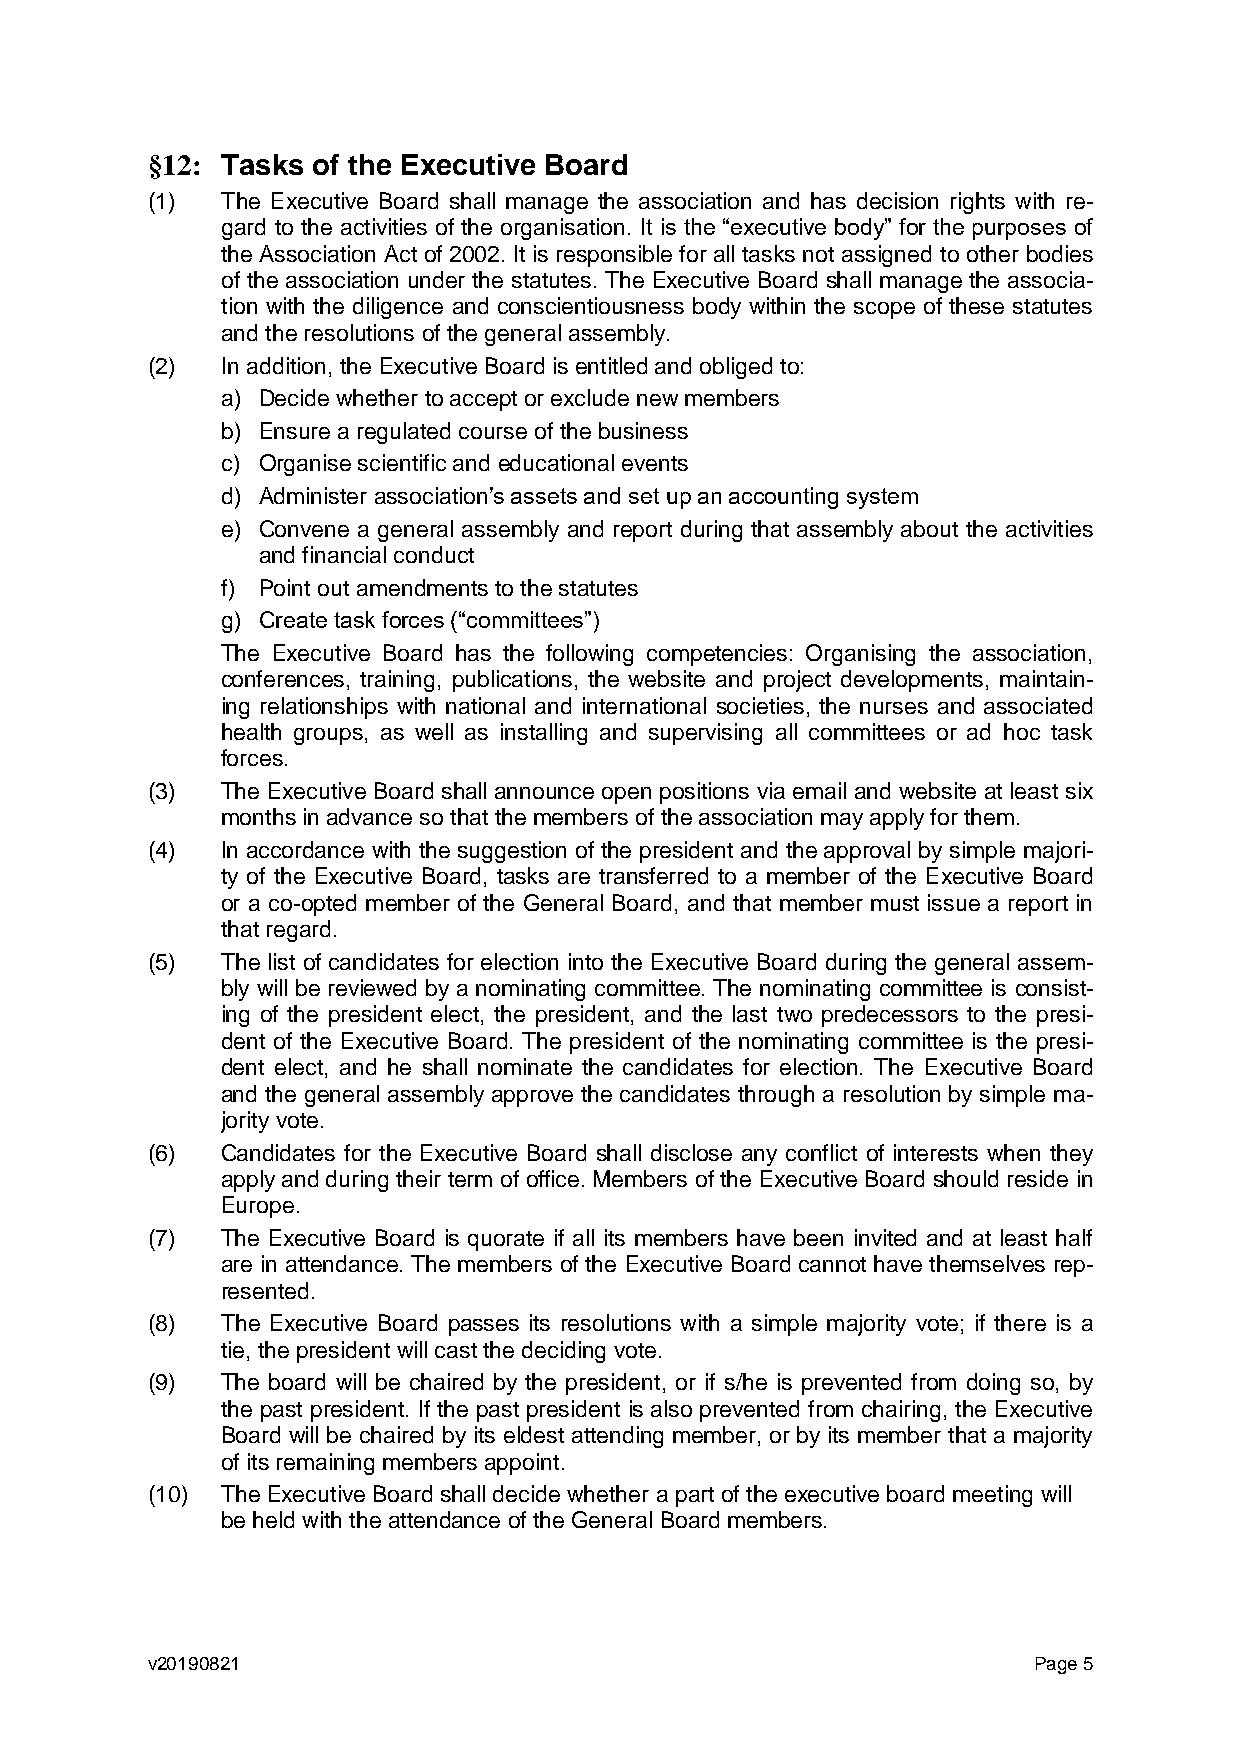
§12: Tasks of the Executive Board
 (1)  The Executive Board shall manage the association and has decision rights with re-
 gard to the activities of the organisation. It is the “executive body” for the purposes of
 the Association Act of 2002. It is responsible for all tasks not assigned to other bodies
 of the association under the statutes. The Executive Board shall manage the associa-
 tion with the diligence and conscientiousness body within the scope of these statutes
 and the resolutions of the general assembly.
 (2)  In addition, the Executive Board is entitled and obliged to:
 a) Decide whether to accept or exclude new members
 b) Ensure a regulated course of the business
 c) Organise scientific and educational events
 d) Administer association’s assets and set up an accounting system
 e) Convene a general assembly and report during that assembly about the activities
 and financial conduct
 f) Point out amendments to the statutes
 g) Create task forces (“committees”)
 The Executive Board has the following competencies: Organising the association,
 conferences, training, publications, the website and project developments, maintain-
 ing relationships with national and international societies, the nurses and associated
 health groups, as well as installing and supervising all committees or ad hoc task
 forces.
 (3)  The Executive Board shall announce open positions via email and website at least six
 months in advance so that the members of the association may apply for them.
 (4)  In accordance with the suggestion of the president and the approval by simple majori-
 ty of the Executive Board, tasks are transferred to a member of the Executive Board
 or a co-opted member of the General Board, and that member must issue a report in
 that regard.
 (5)  The list of candidates for election into the Executive Board during the general assem-
 bly will be reviewed by a nominating committee. The nominating committee is consist-
 ing of the president elect, the president, and the last two predecessors to the presi-
 dent of the Executive Board. The president of the nominating committee is the presi-
 dent elect, and he shall nominate the candidates for election. The Executive Board
 and the general assembly approve the candidates through a resolution by simple ma-
 jority vote.
 (6)  Candidates for the Executive Board shall disclose any conflict of interests when they
 apply and during their term of office. Members of the Executive Board should reside in
 Europe.
 (7)  The Executive Board is quorate if all its members have been invited and at least half
 are in attendance. The members of the Executive Board cannot have themselves rep-
 resented.
 (8)  The Executive Board passes its resolutions with a simple majority vote; if there is a
 tie, the president will cast the deciding vote.
 (9)  The board will be chaired by the president, or if s/he is prevented from doing so, by
 the past president. If the past president is also prevented from chairing, the Executive
 Board will be chaired by its eldest attending member, or by its member that a majority
 of its remaining members appoint.
 (10) The Executive Board shall decide whether a part of the executive board meeting will
 be held with the attendance of the General Board members.
 v20190821                                                 Page 5